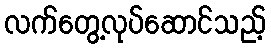
လက်တွေ့လုပ်ဆောင်သည့်